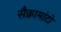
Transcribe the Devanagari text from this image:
सैक्रामांटो